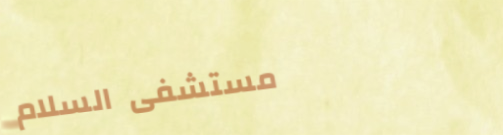
مستشفى السلام